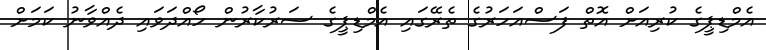
އެމްޑިޕީގެ ކުރިއަށް އޮތް ފަސްއަހަރުގެ ތެރޭގައި އެމްޑިޕީގެ ސަރުކާރުން ހޯއްދަވައި ދެއްވާނު ކަމަށް